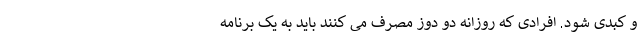
و کبدی شود. افرادی که روزانه دو دوز مصرف می کنند باید به یک برنامه